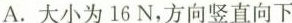
A.大小为16N，方向竖直向下